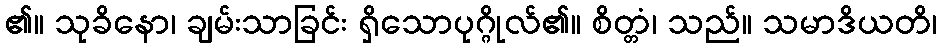
၏။ သုခိနော၊ ချမ်းသာခြင်း ရှိသောပုဂ္ဂိုလ်၏။ စိတ္တံ၊ သည်။ သမာဒိယတိ၊